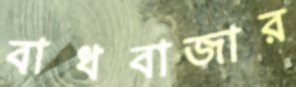
বাধবাজার